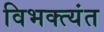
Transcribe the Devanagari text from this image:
विभक्त्यंत